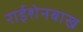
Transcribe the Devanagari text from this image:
राईशेनबाख